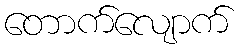
တောက်လျောက်